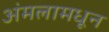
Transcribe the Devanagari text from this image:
अंमलामधून